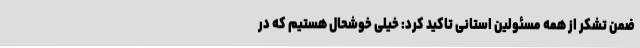
ضمن تشکر از همه مسئولین استانی تاکید کرد: خیلی خوشحال هستیم که در